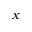
x